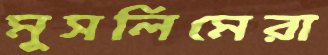
মুসলিমেরা